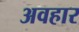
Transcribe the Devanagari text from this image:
अवहार